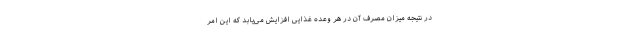
در نتیجه میزان مصرف آن در هر وعده غذایی افزایش می‌یابد که این امر